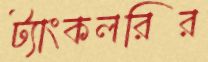
ট্যাংকলরির